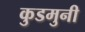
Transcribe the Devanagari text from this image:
कुडमुनी